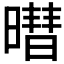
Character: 𬁓